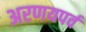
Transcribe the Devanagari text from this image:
अरणयपर्व